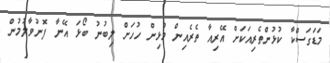
މަޑަގަސްކާ ކުޅުންތެރިއަކަށް އޭރިއާ ތެރެއިން މުޅިން ހުހަށް ލިބުނު ބޯޅަ އޭނާ ފޮނުވާލުމުން